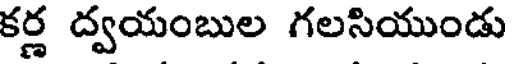
కర్ణ ద్వయంబుల గలసియుండు